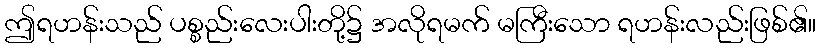
ဤရဟန်းသည် ပစ္စည်းလေးပါးတို့၌ အလိုရမက် မကြီးသော ရဟန်းလည်းဖြစ်၏။